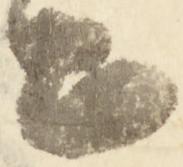
々